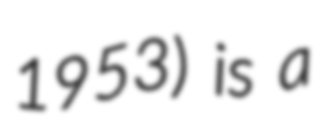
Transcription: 1953) is a